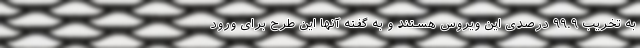
به تخریب ۹۹.۹ درصدی این ویروس هستند و به گفته آنها این طرح برای ورود